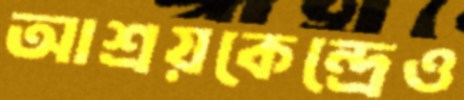
আশ্রয়কেন্দ্রেও